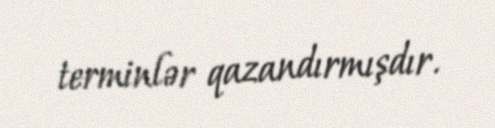
terminlər qazandırmışdır.